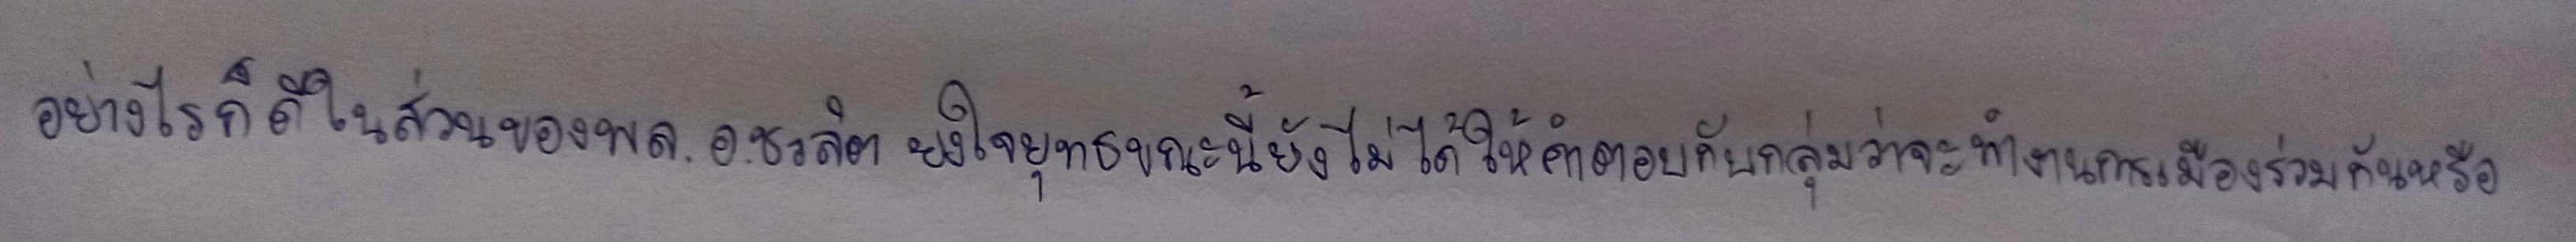
อย่างไรก็ดีในส่วนของพล.อ.ชวลิต ยงใจยุทธขณะนี้ยังไม่ได้ให้คำตอบกับกลุ่มว่าจะทำงานการเมืองร่วมกันหรือ